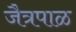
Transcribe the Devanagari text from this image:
जैत्रपाळ